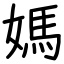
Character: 媽